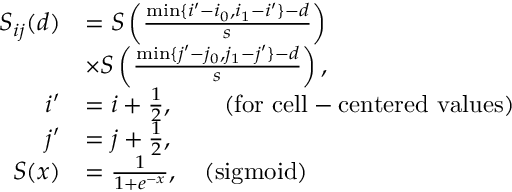
\begin{array} { r l r } { S _ { i j } ( d ) } & { = S \left( \frac { \operatorname* { m i n } \{ i ^ { \prime } - i _ { 0 } , i _ { 1 } - i ^ { \prime } \} - d } { s } \right) } \\ & { \times S \left( \frac { \operatorname* { m i n } \{ j ^ { \prime } - j _ { 0 } , j _ { 1 } - j ^ { \prime } \} - d } { s } \right) , } \\ { i ^ { \prime } } & { = i + \frac { 1 } { 2 } , \quad \quad \mathrm { ( f o r ~ c e l l - c e n t e r e d ~ v a l u e s ) } } \\ { j ^ { \prime } } & { = j + \frac { 1 } { 2 } , } & \\ { S ( x ) } & { = \frac { 1 } { 1 + e ^ { - x } } , \quad \mathrm { ( s i g m o i d ) } } \end{array}